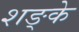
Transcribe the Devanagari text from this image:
शङ्के